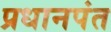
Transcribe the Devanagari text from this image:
प्रधानपंत